Notes on the propagation and cultivation of the medicinal cinchonas, or Peruvian bark trees
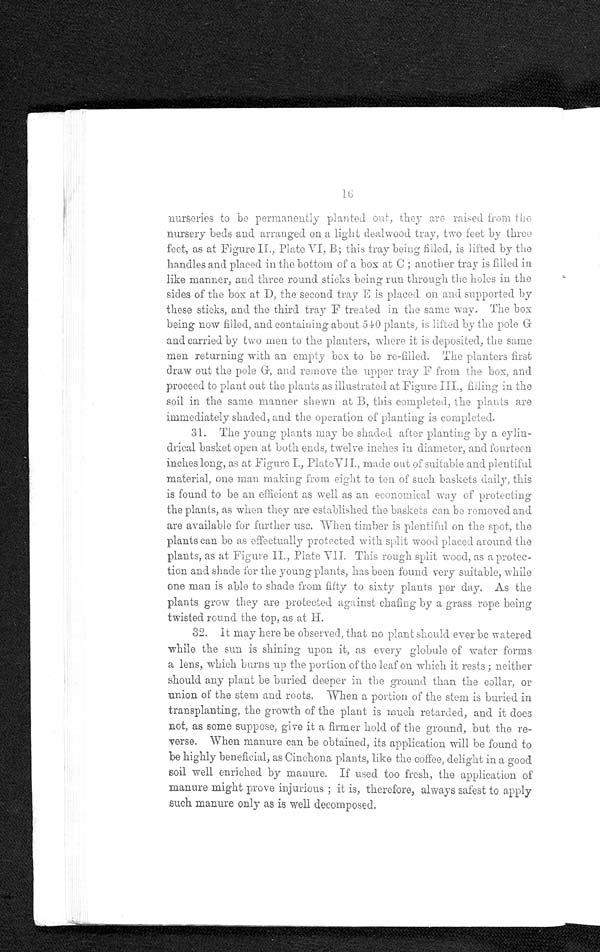
nurseries to be permanently planted out, they are raised from the
nursery beds and arranged on a light dealwood tray, two feet by three
feet, as at Figure II., Plate VI, B; this tray being filled, is lifted by the
handles and placed in the bottom of a box at C ; another tray is filled in
like manner, and three round sticks being run through the holes in the
sides of the box at D, the second tray E is placed on and supported by
these sticks, and the third tray F treated in the same way. The box
being now filled, and containing about 540 plants, is lifted by the pole
and carried by two men to the planters, where it is deposited, the same
men returning with an empty box to be re-filled. The planters first
draw out the pole G, and remove the upper tray F from the box, and
proceed to plant out the plants as illustrated at Figure III., filling in the
soil in the same manner shewn at B, this completed, the plants are
immediately shaded, and the operation of planting is completed.
31. The young plants may be shaded after planting by a cylin-
drical basket open at both ends, twelve inches in diameter, and fourteen
inches long, as at Figure I., PlateVII., made out of suitable and plentiful
material, one man making from eight to ten of such baskets daily, this
is found to be an efficient as well as an economical way of protecting
the plants, as when they are established the baskets can be removed and
are available for further use. When timber is plentiful on the spot, the
plants can be as effectually protected with split wood placed around the
plants, as at Figure II., Plate VII. This rough split wood, as a protec-
tion and shade for the young plants, has been found very suitable, while
one man is able to shade from fifty to sixty plants per day. As the
plants grow they are protected against chafing by a grass rope being
twisted round the top, as at H.
32. It may here be observed, that no plant should ever be watered
while the sun is shining upon it, as every globule of water forms
a lens, which burns up the portion of the leaf on which it rests ; neither
should any plant be buried deeper in the ground than the collar, or
union of the stem and roots. When a portion of the stem is buried in
transplanting, the growth of the plant is much retarded, and it does
not, as some suppose, give it a firmer hold of the ground, but the re-
verse. When manure can be obtained, its application will be found to
be highly beneficial, as Cinchona plants, like the coffee, delight in a good
soil well enriched by manure. If used too fresh, the application of
manure might prove injurious ; it is, therefore, always safest to apply
such manure only as is well decomposed.